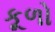
કૂળો